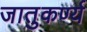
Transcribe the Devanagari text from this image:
जातुकर्ण्य